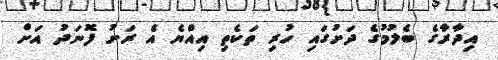
އިދާރާގެ ބެލުމުގެ ދަށުގައި ހުރި ތަކެތި އިއްޔެ އެ ރަށު ފޮނަދު އަށް